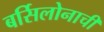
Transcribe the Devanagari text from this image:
बर्सिलोनाची